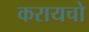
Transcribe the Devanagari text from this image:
करायचो